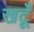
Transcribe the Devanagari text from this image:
खटूँ